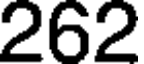
262